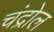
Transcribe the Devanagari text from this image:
चंद्रोल